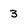
Character: 3